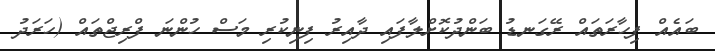
ބައެއް ފިހާރަތައް ރޭގަނޑު ބަންދުކޮށްލާފައި ދާއިރު ފިނިކުރި މަސް ހުންނަ ފްރިޖްތައް (ހަރަދު